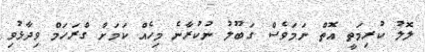
ލޮލު ކުރިމަތީ އޮތް ނަމަވެސް ގަބޫލު ނުކުރާނެ މިހެއް ކަމަށް ގްރަހަމް ވިދާޅުވި